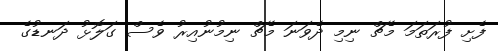
ފެށި ފުރަތަމަ މެޗް ނިމި ދެވަނަ މެޗް ނިމުނުއިރު ވެސް ގަލޮޅު ދަނޑުގެ